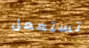
تستعمل